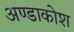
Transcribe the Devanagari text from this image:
अण्डाकोश